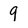
Character: 9